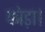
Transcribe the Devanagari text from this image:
फोड़ा।